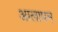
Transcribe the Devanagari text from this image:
आलापन